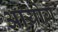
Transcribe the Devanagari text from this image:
अायोग